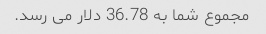
مجموع شما به 36.78 دلار می رسد.